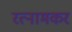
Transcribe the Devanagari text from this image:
रत्नामकर